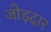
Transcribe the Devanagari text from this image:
जोड़दार